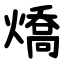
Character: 燆